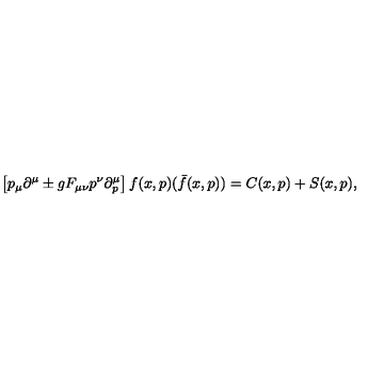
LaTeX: \left[ p _ { \mu } \partial ^ { \mu } \pm g F _ { \mu \nu } p ^ { \nu } \partial _ { p } ^ { \mu } \right] f ( x , p ) ( \bar { f } ( x , p ) ) = C ( x , p ) + S ( x , p ) ,